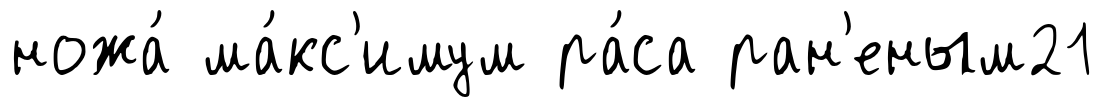
ножа́ ма́кс'имум ра́са ран'еным21